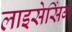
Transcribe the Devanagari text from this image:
लाइसेसिंग